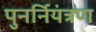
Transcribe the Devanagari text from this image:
पुनर्नियंत्रण